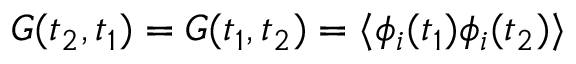
G ( t _ { 2 } , t _ { 1 } ) = G ( t _ { 1 } , t _ { 2 } ) = \langle \phi _ { i } ( t _ { 1 } ) \phi _ { i } ( t _ { 2 } ) \rangle